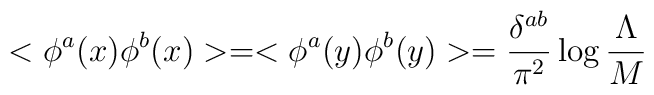
<\phi^a(x) \phi^b(x)>=<\phi^a(y)\phi^b(y)>= \frac{\delta^{ab}}{\pi^2}\log \frac{\Lambda}{M}